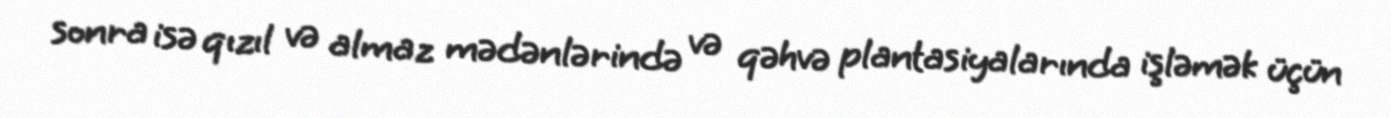
sonra isə qızıl və almaz mədənlərində və qəhvə plantasiyalarında işləmək üçün